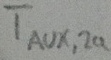
Text: TAUX,2a